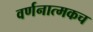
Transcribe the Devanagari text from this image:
वर्णनात्मकच